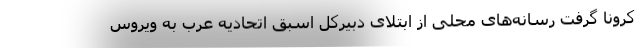
کرونا گرفت رسانه‌های محلی از ابتلای دبیرکل اسبق اتحادیه عرب به ویروس